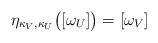
LaTeX: \begin{align*} \eta_{\kappa_V,\kappa_U} \big( [\omega_U] \big) = [\omega_V]\end{align*}